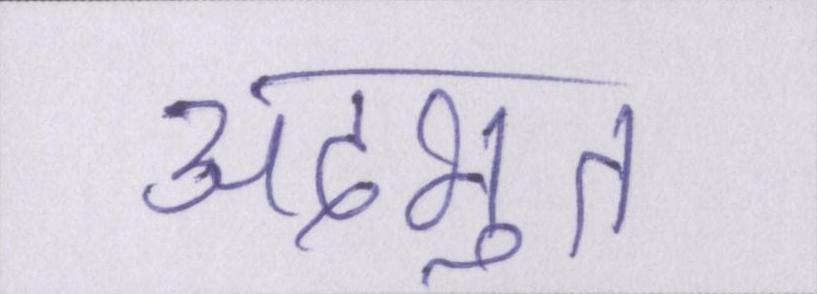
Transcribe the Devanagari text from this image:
अदभुत